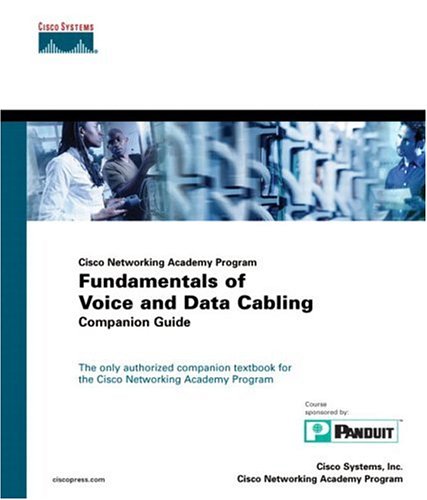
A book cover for Fundamentals of Voice and Data Cabling Companion Guide (Cisco Networking Academy Program) (Cisco Networking Academy Program Series); Cisco Systems Inc.; Computers & Technology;